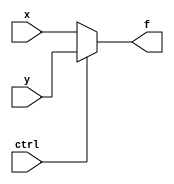
module mux_2x(
input ctrl,
input [15:0] x,
input [15:0] y,

output [15:0] f
);
assign f = ctrl? y:x;

endmodule